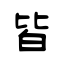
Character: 皆